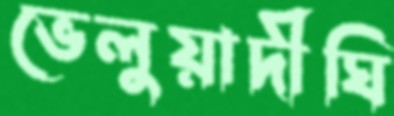
ভেলুয়াদীঘি